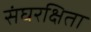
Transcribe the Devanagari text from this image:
संघरक्षिता